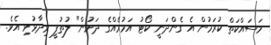
މަސައްކަތް ކުރަމުން އެ ގެންދަނީ ކޯޓު އަމުރެއްގެ ދަށުން" ލުތުފީ ވިދާޅުވި އެވެ.